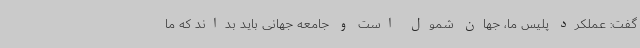
گفت: عملکرد پلیس ما، جهان شمول است و جامعه جهانی باید بداند که ما